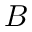
B